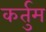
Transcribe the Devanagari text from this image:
कर्तुम